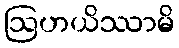
ဩဟယိဿာမိ